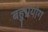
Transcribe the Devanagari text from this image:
बहुप्रयोग